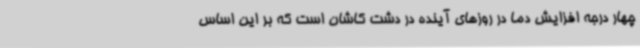
چهار درجه افزایش دما در روزهای آینده در دشت کاشان است که بر این اساس